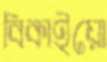
বিকাইয়ো